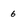
Character: 6